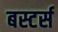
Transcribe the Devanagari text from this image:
बस्टर्स